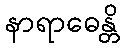
နာရာဓေန္တိ